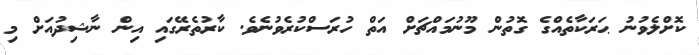
ކޮށްލެވުނު ޙަރަކާތެއްގެ ގޮތުން މޫނުމައްޗަށް އަތް ހުރަސްކުރެވުނެވެ. ކާރުތެރޭގައި އިން ނާޝިދުއަށް މި